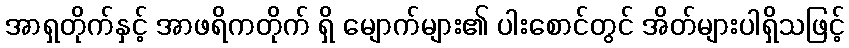
အာရှတိုက်နှင့် အာဖရိကတိုက် ရှိ မျောက်များ၏ ပါးစောင်တွင် အိတ်များပါရှိသဖြင့်